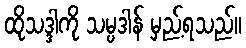
ထိုသဒ္ဒါကို သမ္ပဒါန် မှည့်ရသည်။